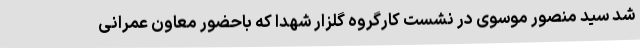
شد سید منصور موسوی در نشست کارگروه گلزار شهدا که باحضور معاون عمرانی